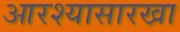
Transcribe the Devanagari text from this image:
आरश्यासारखा